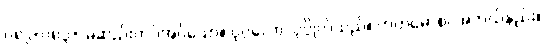
ဝ၈၂+၀၈၃+ မဆည်းကပ်အပ်သော။ ပုဂ္ဂလော၊ ပုဂ္ဂိုလ်သည်။ ကတမောစ၊ အဘယ်နည်း။